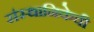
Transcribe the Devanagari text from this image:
संस्थानिकेची